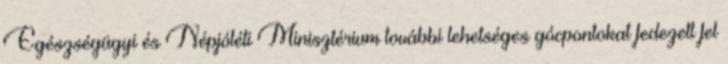
Egészségügyi és Népjóléti Minisztérium további lehetséges gócpontokat fedezett fel